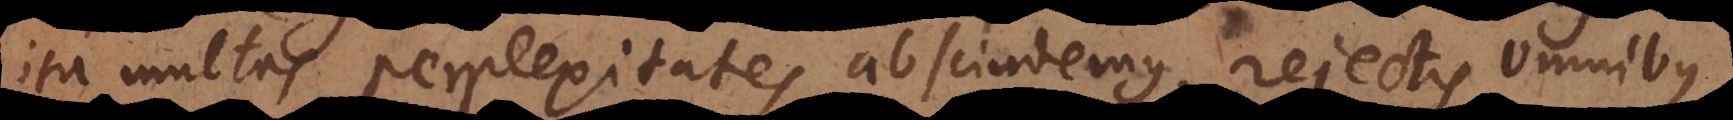
ita multas perplexitates abscindemus, rejectis omnibus